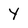
Character: Y